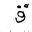
Letter: _qaf